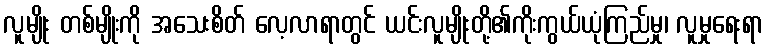
လူမျိုး တစ်မျိုးကို အသေးစိတ် လေ့လာရာတွင် ယင်းလူမျိုးတို့၏ကိုးကွယ်ယုံကြည်မှု၊ လူမှုရေးရာ